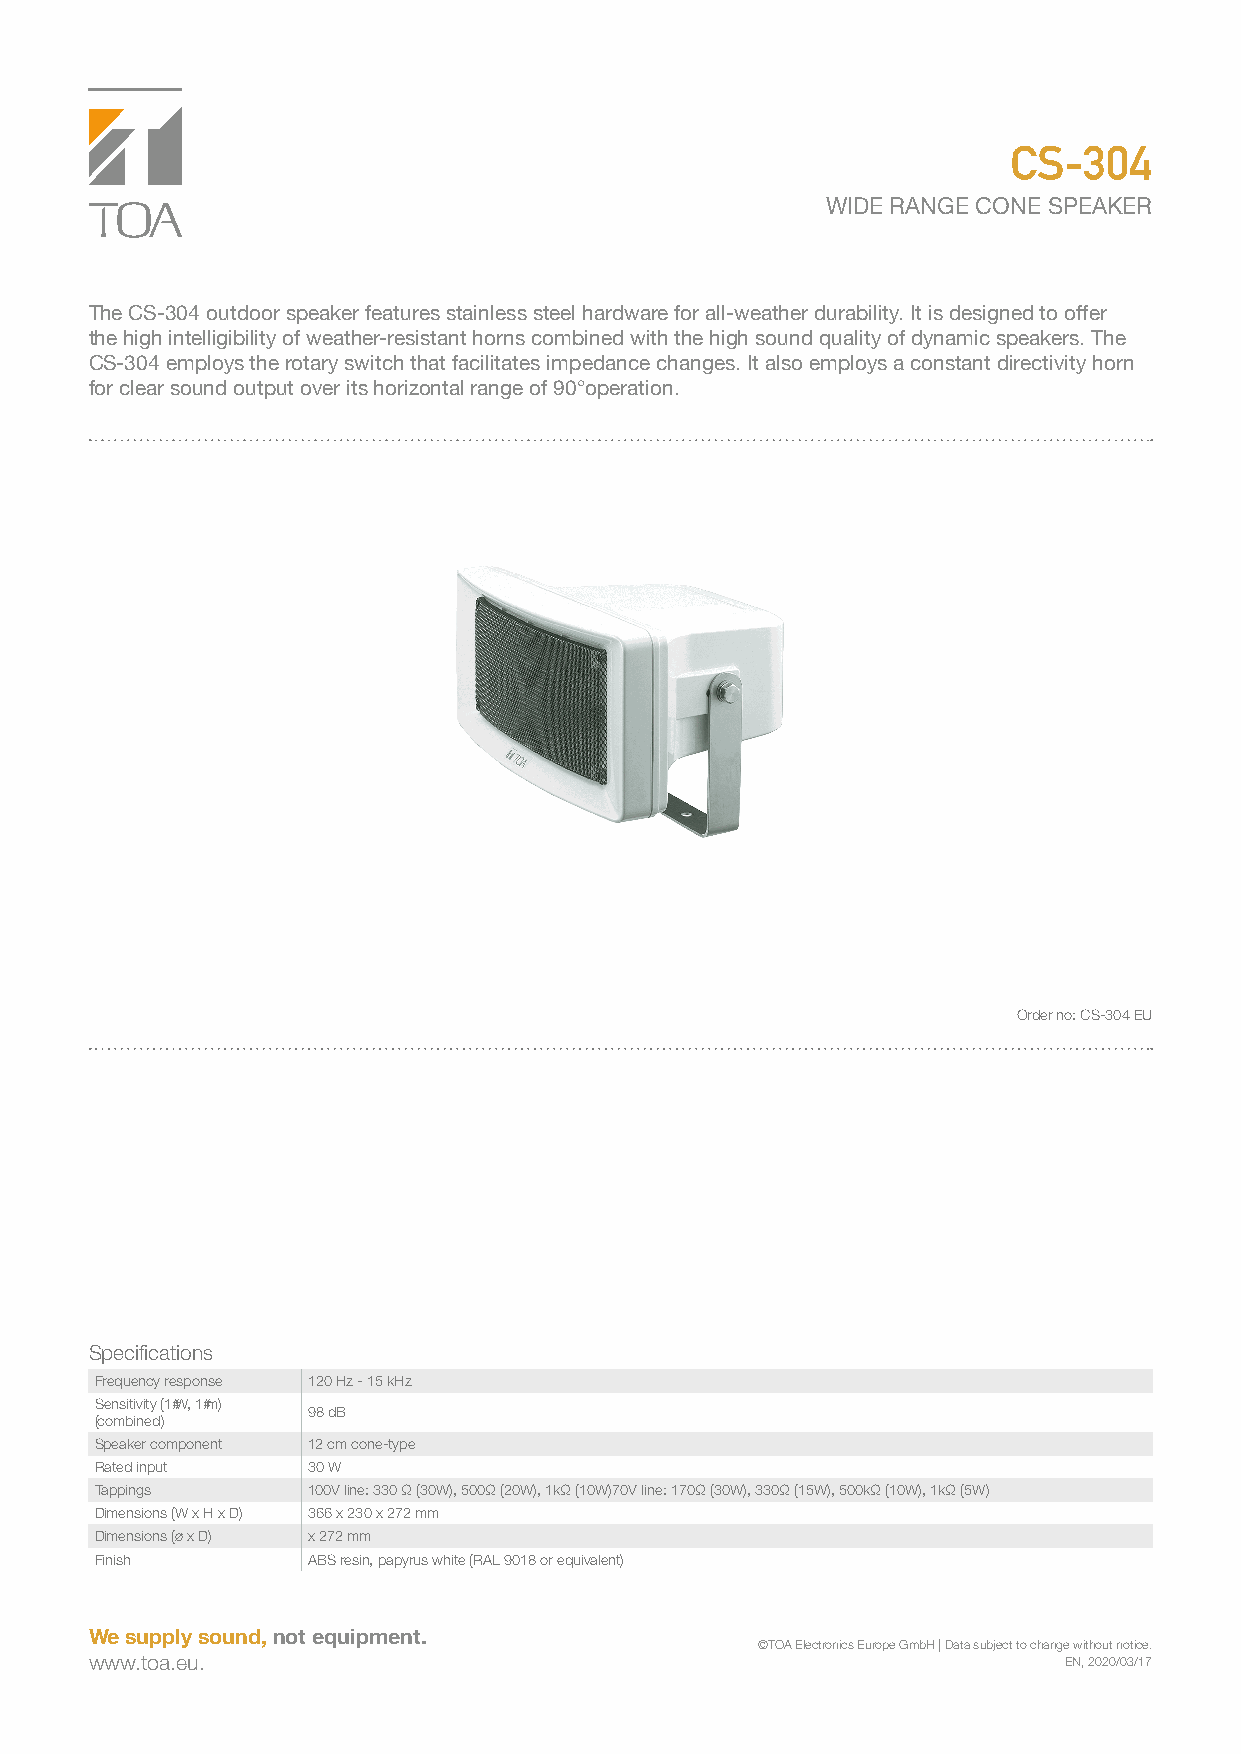
CS-304
 WIDE RANGE CONE SPEAKER
 The CS-304 outdoor speaker features stainless steel hardware for all-weather durability. It is designed to offer
 the high intelligibility of weather-resistant horns combined with the high sound quality of dynamic speakers. The
 CS-304 employs the rotary switch that facilitates impedance changes. It also employs a constant directivity horn
 for clear sound output over its horizontal range of 90°operation.
 Order no: CS-304 EU
 Specifications
 Frequency response 120 Hz - 15 kHz
 Sensitivity (1 W, 1 m)
 98 dB
 (combined)
 Speaker component 12 cm cone-type
 Rated input   30 W
 Tappings      100V line: 330 Ω (30W), 500Ω (20W), 1kΩ (10W)70V line: 170Ω (30W), 330Ω (15W), 500kΩ (10W), 1kΩ (5W)
 Dimensions (W x H x D) 366 x 230 x 272 mm
 Dimensions (ø x D) x 272 mm
 Finish        ABS resin, papyrus white (RAL 9018 or equivalent)
 We supply sound, not equipment.
 ©TOA Electronics Europe GmbH | Data subject to change without notice.
 www.toa.eu.                                                     EN, 2020/03/17